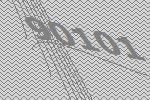
90101